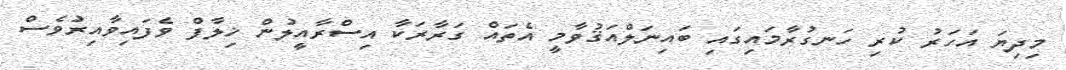
މިދިޔަ އަހަރު ކުރި ހަނގުރާމައިގައި ބައިނަލްއަޤުވާމީ އެތައް ގަރާރަކާ އިސްރާއީލުން ޚިލާފް ވެފައިވާއިރުވެސް